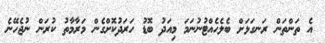
އެ ތަންތަން ރަނގަޅަށް ބެލެހެއްޓުނުނަމަ މިއަދު ބޮޑު ހަރަދުކޮށްގެން މަރާމާތު ކުރަން ނުޖެހޭނެ